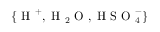
\{ \mathrm { ~ H ~ } ^ { + } , \mathrm { ~ H ~ } _ { 2 } \mathrm { ~ O ~ } , \mathrm { ~ H ~ S ~ O ~ } _ { 4 } ^ { - } \}